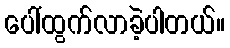
ပေါ်ထွက်လာခဲ့ပါတယ်။